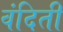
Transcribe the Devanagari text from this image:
वंदिती